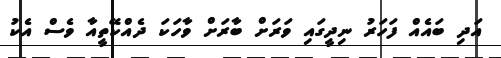
އަދި ބައެއް ފަހަރު ނިދީގައި ވަރަށް ބާރަށް ވާހަކަ ދެއްކޭތީއާ ވެސް އެކު